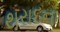
થરાદના